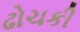
ઢોચકી